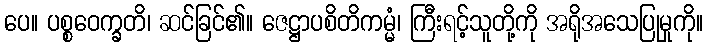
ပေ။ ပစ္စဝေက္ခတိ၊ ဆင်ခြင်၏။ ဇေဋ္ဌာပစိတိကမ္မံ၊ ကြီးရင့်သူတို့ကို အရိုအသေပြုမှုကို။